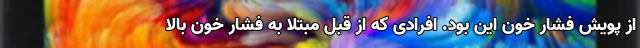
از پویش فشار خون این بود. افرادی که از قبل مبتلا به فشار خون بالا